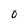
Character: O